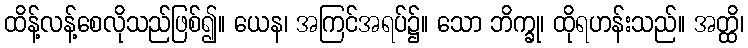
ထိန့်လန့်စေလိုသည်ဖြစ်၍။ ယေန၊ အကြင်အရပ်၌။ သော ဘိက္ခု၊ ထိုရဟန်းသည်။ အတ္ထိ၊